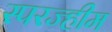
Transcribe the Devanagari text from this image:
स्परज्हीम